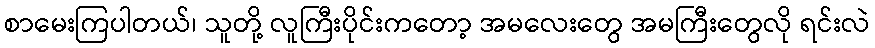
စာမေးကြပါတယ်၊ သူတို့ လူကြီးပိုင်းကတော့ အမလေးတွေ အမကြီးတွေလို ရင်းလဲ